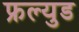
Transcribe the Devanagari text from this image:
फ्रल्युड